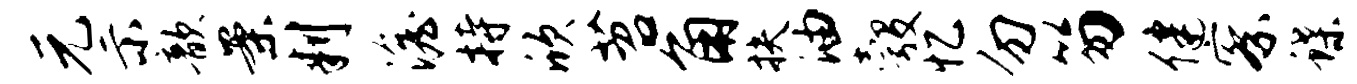
元示歆案判澹持欣苕角扶油彀忆勿笏健察蝶